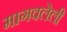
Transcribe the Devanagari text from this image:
मागवलेली